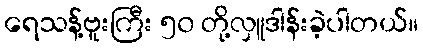
ရေသန့်ဗူးကြီး ၅၀ တို့လှူဒါန်းခဲ့ပါတယ်။